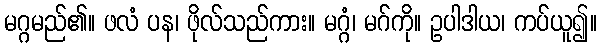
မဂ္ဂမည်၏။ ဖလံ ပန၊ ဖိုလ်သည်ကား။ မဂ္ဂံ၊ မဂ်ကို။ ဥပါဒါယ၊ ကပ်ယူ၍။